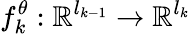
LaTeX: f_{k}^{\theta}:\mathbb{R}^{l_{k-1}}\rightarrow\mathbb{R}^{l_{k}}